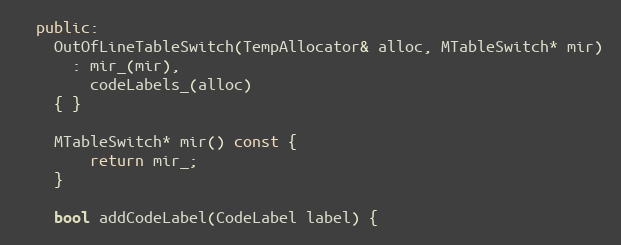
Language: C++
  public:
    OutOfLineTableSwitch(TempAllocator& alloc, MTableSwitch* mir)
      : mir_(mir),
        codeLabels_(alloc)
    { }

    MTableSwitch* mir() const {
        return mir_;
    }

    bool addCodeLabel(CodeLabel label) {